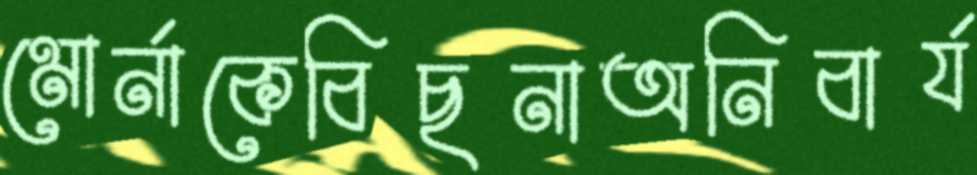
মোর্নাকেবিছনাঅনিবার্য